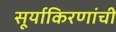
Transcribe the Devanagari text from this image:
सूर्याकिरणांची